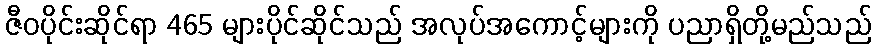
ဇီဝပိုင်းဆိုင်ရာ 465 များပိုင်ဆိုင်သည် အလုပ်အကောင့်များကို ပညာရှိတို့မည်သည်